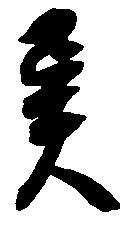
異